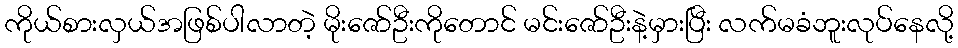
ကိုယ်စားလှယ်အဖြစ်ပါလာတဲ့ မိုးဇော်ဦးကိုတောင် မင်းဇော်ဦးနဲ့မှားပြီး လက်မခံဘူးလုပ်နေလို့